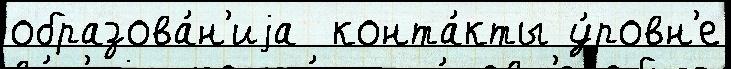
образова́н'иjа  конта́кты у́ровн'е